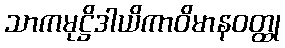
သာကမုဋ္ဌိဒါယိကာဝိမာနဝတ္ထု